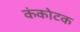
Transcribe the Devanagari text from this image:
कंकोटक